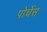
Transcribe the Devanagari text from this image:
पोर्चेस